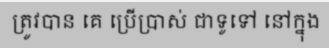
ត្រូវបាន គេ ប្រើប្រាស់ ជាទូទៅ នៅក្នុង